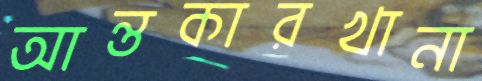
আন্তকারখানা